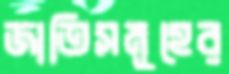
জাতিসমূহের